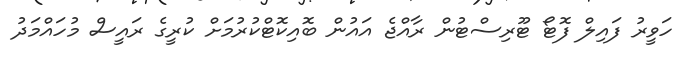
ހަވީރު ފައިލް ފޮޓޯ ޓޫރިސްޓުން ރާއްޖެ އައުން ބޮއިކޮޓްކުރުމަށް ކުރީގެ ރައީސް މުހައްމަދު